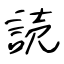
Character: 読